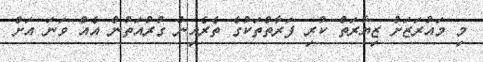
މި މައުރަޒަށް ޒިޔާރަތް ކުރި ފަރާތްތަކުގެ ތެރެއިން ގުރުއަތުން އެއް ވަނަ އަށް